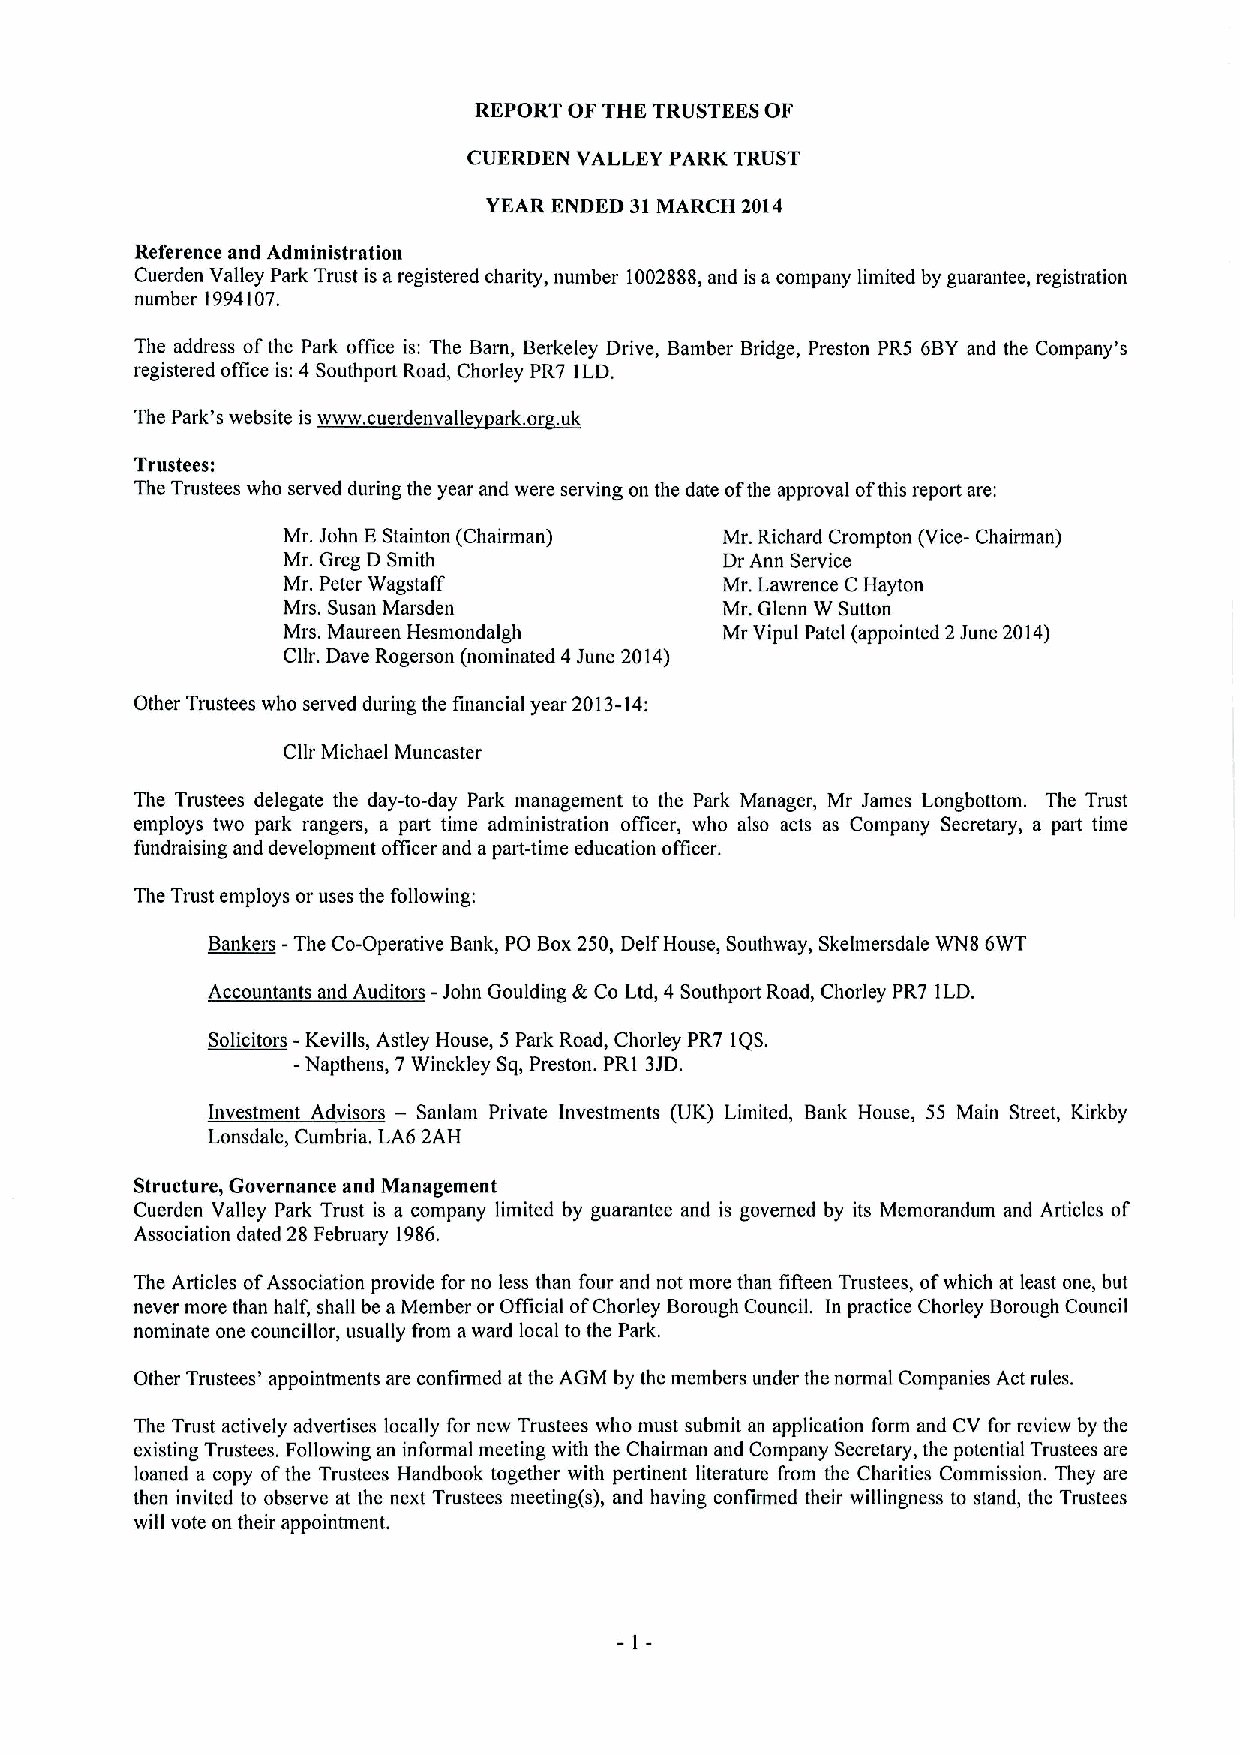
REPORT OF THE TRUSTEESOF
 CUERDEN VALLEY PARK TRUST
 YEAR ENDED 31MARCH 2014
 Reference and Administration
 Cuerden Valley Park Trust is aregistered charity, number 1002888,and is a company limited by guarantee, registration
 number 1994107.
 The address ofthe Park office is: The Barn, Berkeley Drive, Bamber Bridge, Preston PR5 6BY and the Company's
 registered office is:4 Southport Road, Chorley PR7 ILD.
 The Park's website is www. cuerdenvalle ark or uk
 Trustees:
 The Trustees who served during the year and were serving on the date ofthe approval ofthis report are:
 Mr. John EStainton (Chairman) Mr. Richard Crompton (Vice- Chairman)
 Mr. Greg D Smith             Dr Ann Service
 Mr. Peter Wagstaff           Mr. Lawrence C Hayton
 Mrs. Susan Marsden           Mr. Glenn W Sutton
 Mrs. Maureen Hesmondalgh     Mr Vipul Patel (appointed 2June 2014)
 Cllr. Dave Rogerson (nominated 4 June 2014)
 Other Trustees who served during the financial year 2013-14:
 Cllr Michael Muncaster
 The Trustees delegate the day-to-day Park management to the Park Manager, Mr James Longbottom. The Trust
 employs two park rangers, a part time administration officer, who also acts as Company Secretary, a part time
 fundraising and development officer and apart-time education officer.
 The Trust employs or uses the following:
 Bankers -The Co-Operative Bank, PO Box250, DelfHouse, Southway, Skelmersdale WN8 6WT
 Accountants and Auditors -John Goulding &Co Ltd, 4 Southport Road, Chorley PR7 ILD.
 Solicitors -Kevills, Astley House, 5 Park Road, Chorley PR7 IQS.
 -Napthens, 7Winckley Sq, Preston. PRI 3JD.
 Investment Advisors — Sanlam Private Investments (UK) Limited, Bank House, 55 Main Street, Kirkby
 Lonsdale, Cumbria. LA6 2AH
 Structure, Governance and Management
 Cuerden Valley Park Trust is a company limited by guarantee and is governed by its Memorandum and Articles of
 Association dated 28 February 1986.
 The Articles ofAssociation provide for no less than four and not more than fifteen Trustees, ofwhich at least one, but
 never more than half, shall be a Member or Official ofChorley Borough Council. In practice Chorley Borough Council
 nominate one councillor, usually from award local to the Park.
 Other Trustees' appointments are confirmed at the AGM by the members under the normal Companies Act rules.
 The Trust actively advertises locally for new Trustees who must submit an application form and CV for review by the
 existing Trustees. Following an informal meeting with the Chairman and Company Secretary, the potential Trustees are
 loaned a copy ofthe Trustees Handbook together with pertinent literature from the Charities Commission. They are
 then invited to observe at the next Trustees meeting(s), and having confirmed their willingness to stand, the Trustees
 will vote on their appointment.